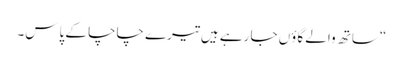
“ساتھ والے گاؤں جا رہے ہیں تیرے چاچا کے پاس۔